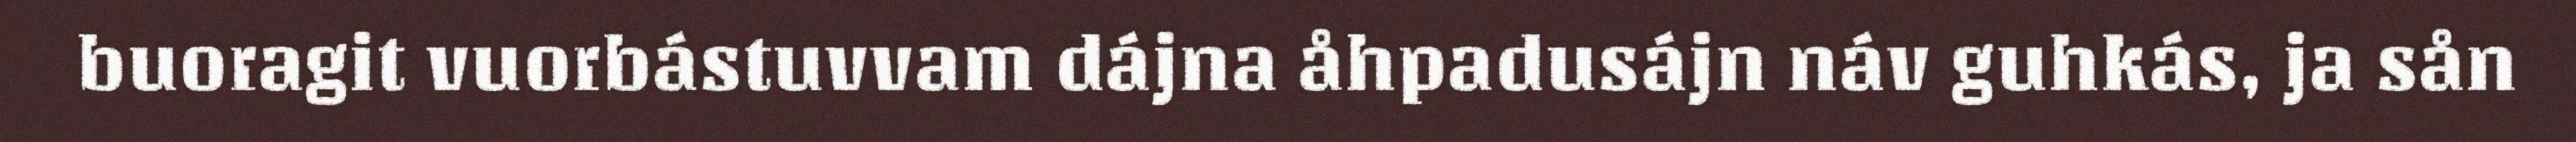
buoragit vuorbástuvvam dájna åhpadusájn náv guhkás, ja sån